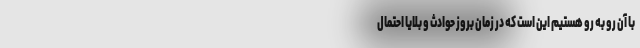
با آن رو به رو هستیم این است که در زمان بروز حوادث و بلایا احتمال